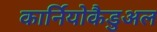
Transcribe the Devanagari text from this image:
कार्नियोकैडुअल